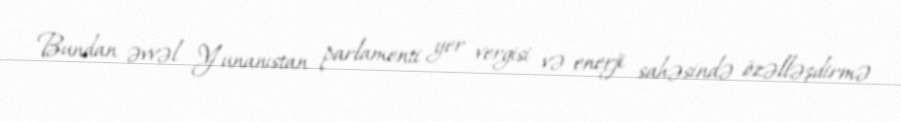
Bundan əvvəl Yunanıstan parlamenti yer vergisi və enerji sahəsində özəlləşdirmə